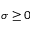
\sigma \ge 0